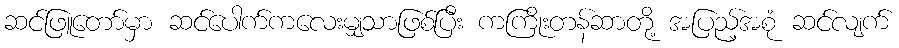
ဆင်ဖြူတော်မှာ ဆင်ပေါက်ကလေးမျှသာဖြစ်ပြီး ကကြိုးတန်ဆာတို့ အပြည့်အစုံ ဆင်လျက်